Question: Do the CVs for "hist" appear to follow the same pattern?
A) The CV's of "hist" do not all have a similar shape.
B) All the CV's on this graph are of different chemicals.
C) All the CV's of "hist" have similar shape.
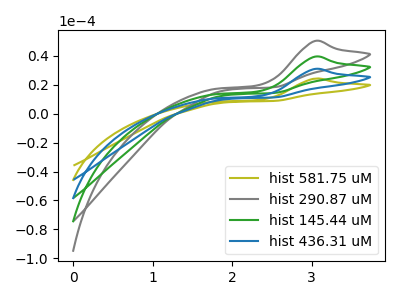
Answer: <think>The olive curve "hist 581.75 uM" has an anodic peak at: (3.05V, 118.55uA). The gray curve "hist 290.87 uM" has an anodic peak at: (3.05V, 50.35uA). The green curve "hist 145.44 uM" has an anodic peak at: (3.05V, 39.50uA). The blue curve "hist 436.31 uM" has an anodic peak at: (3.05V, 79.05uA).
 All the peaks in "hist 581.75 uM" have a peak in "hist 290.87 uM" at the same potential. Every peak in "hist 581.75 uM" is higher than every peak in "hist 290.87 uM". All the peaks in "hist 581.75 uM" have a peak in "hist 145.44 uM" at the same potential. Every peak in "hist 581.75 uM" is higher than every peak in "hist 145.44 uM". All the peaks in "hist 581.75 uM" have a peak in "hist 436.31 uM" at the same potential. Every peak in "hist 581.75 uM" is higher than every peak in "hist 436.31 uM". All the peaks in "hist 290.87 uM" have a peak in "hist 145.44 uM" at the same potential. Every peak in "hist 290.87 uM" is higher than every peak in "hist 145.44 uM". All the peaks in "hist 290.87 uM" have a peak in "hist 436.31 uM" at the same potential. Every peak in "hist 290.87 uM" is lower than every peak in "hist 436.31 uM". All the peaks in "hist 145.44 uM" have a peak in "hist 436.31 uM" at the same potential. Every peak in "hist 145.44 uM" is lower than every peak in "hist 436.31 uM".</think>
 <answer>C) All the CV's of "hist" have similar shape.</answer>
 <eval>C</eval>